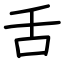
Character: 舌